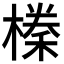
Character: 𭫰